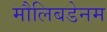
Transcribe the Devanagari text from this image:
मौलिबडेनम